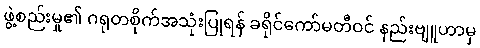
ဖွဲ့စည်းမှု၏ ဂရုတစိုက်အသုံးပြုရန် ခရိုင်ကော်မတီဝင် နည်းဗျူဟာမှ